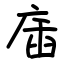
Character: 㢎